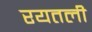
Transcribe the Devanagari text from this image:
रयतली